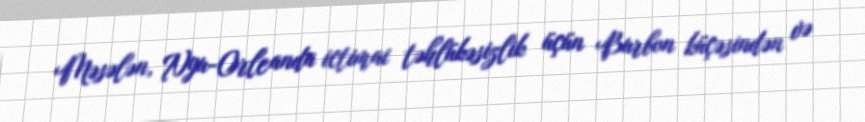
Məsələn, Nyu-Orleanda ictimai təhlükəsizlik üçün Burbon küçəsindən və